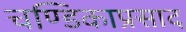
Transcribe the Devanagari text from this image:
चण्डिकाप्रसाद